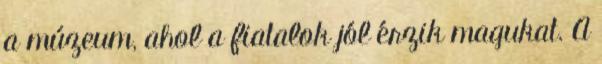
a múzeum, ahol a fiatalok jól érzik magukat. A